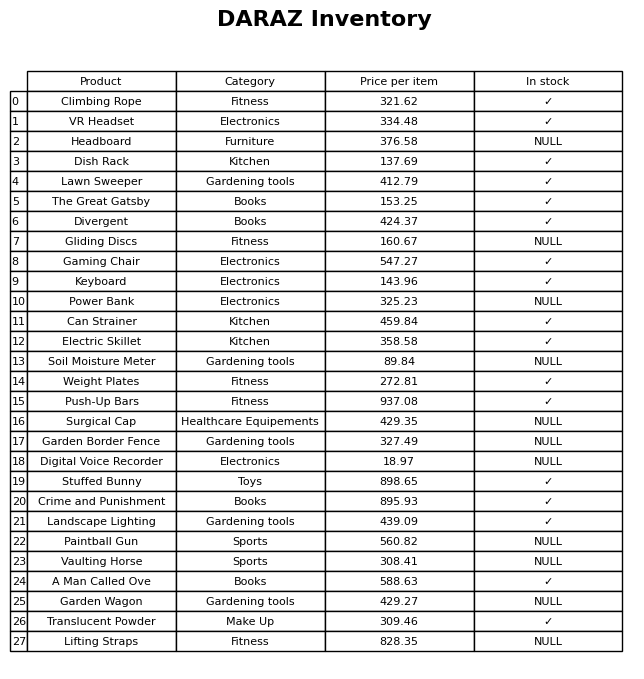
question: What is the price for Lifting Straps?
answer: The price of Lifting Straps is 828.35.